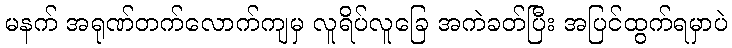
မနက် အရုဏ်တက်လောက်ကျမှ လူရိပ်လူခြေ အကဲခတ်ပြီး အပြင်ထွက်ရမှာပဲ